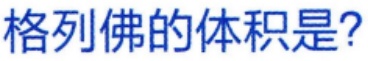
格列佛的体积是?